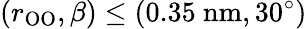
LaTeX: (r_{\mathrm{OO}},\beta)\le(0.35~\mathrm{nm},30^{\circ})